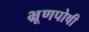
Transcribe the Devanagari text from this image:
भ्रूणपोषी